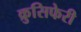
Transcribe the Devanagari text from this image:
क्रुसिफेरी